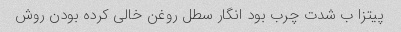
پیتزا ب شدت چرب بود انگار سطل روغن خالی کرده بودن روش